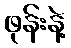
ဖုန်းနဲ့